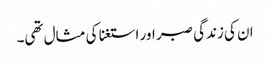
ان کی زندگی صبر اور استغنا کی مثال تھی۔